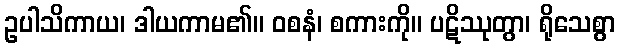
ဥပါသိကာယ၊ ဒါယကာမ၏။ ဝစနံ၊ စကားကို။ ပဋိဿုတွာ၊ ရိုသေစွာ